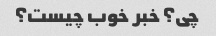
چی؟ خبر خوب چیست؟